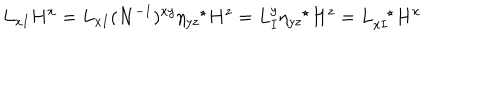
L _ { x I } H ^ { x } = L _ { x I } ( N ^ { - 1 } ) ^ { x y } \eta _ { y z } ^ { \ \ \ \star } H ^ { z } = L _ { I } ^ { y } \eta _ { y z } ^ { \ \ \ \star } H ^ { z } = L _ { x I } ^ { \ \ \ \star } H ^ { x }